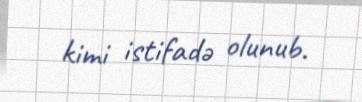
kimi istifadə olunub.